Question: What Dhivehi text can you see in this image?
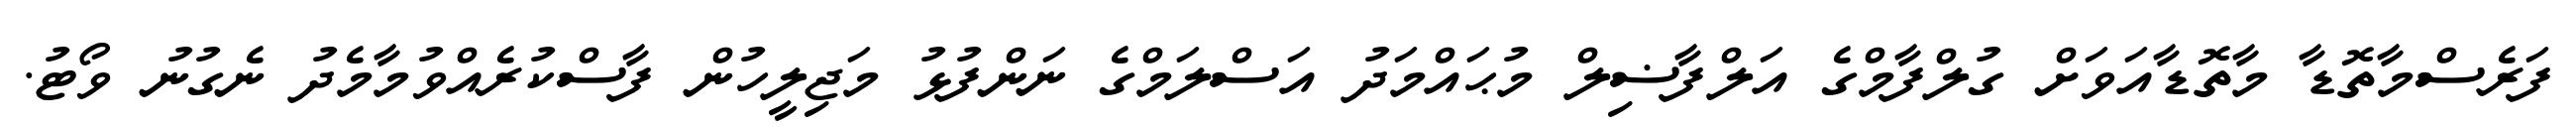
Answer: ފަރެސްމާތޮޑާ މާތޮޑާއަވަށް ގުލްފާމްގެ އަލްފާޟިލް މުޙައްމަދު އަސްލަމްގެ ނަންފުޅު މަޖިލީހުން ފާސްކުރެއްވުމާމެދު ނެގުނު ވޯޓު.